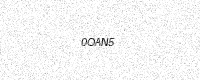
Text: 0OAN5